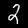
Label: 2